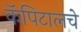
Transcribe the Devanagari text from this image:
कॅपिटालचे